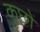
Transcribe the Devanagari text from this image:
कुछों